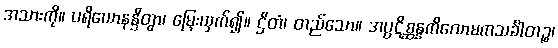
အသားကို။ ပရိယောနန္ဒိတွာ၊ မြှေးယှက်၍။ ဌိတံ၊ တည်သော။ အပ္ပဋိစ္ဆန္နကိလောမကသင်္ခါတဉ္စ၊